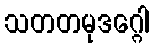
သတတမုဒဂ္ဂေါ